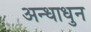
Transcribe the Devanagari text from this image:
अन्धाधुन